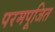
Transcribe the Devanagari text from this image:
परमपूजित